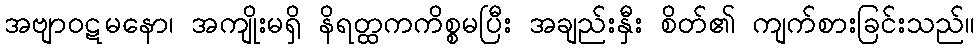
အဗျာဝဋမနော၊ အကျိုးမရှိ နိရတ္ထကကိစ္စမပြီး အချည်းနှီး စိတ်၏ ကျက်စားခြင်းသည်။